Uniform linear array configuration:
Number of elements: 8
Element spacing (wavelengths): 0.25
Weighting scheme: blackman
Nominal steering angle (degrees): -45
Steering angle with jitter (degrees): -46.222
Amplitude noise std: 0.05
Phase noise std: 0.05

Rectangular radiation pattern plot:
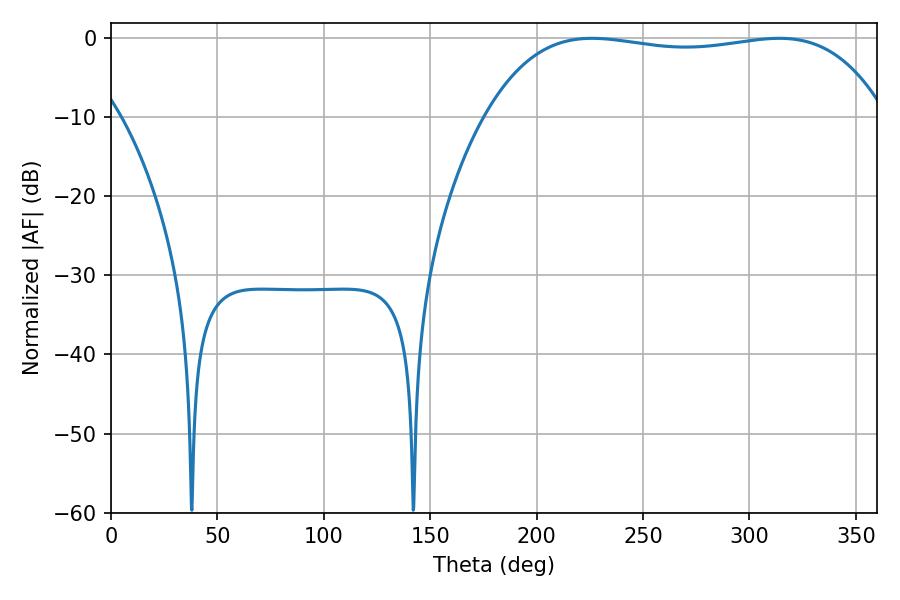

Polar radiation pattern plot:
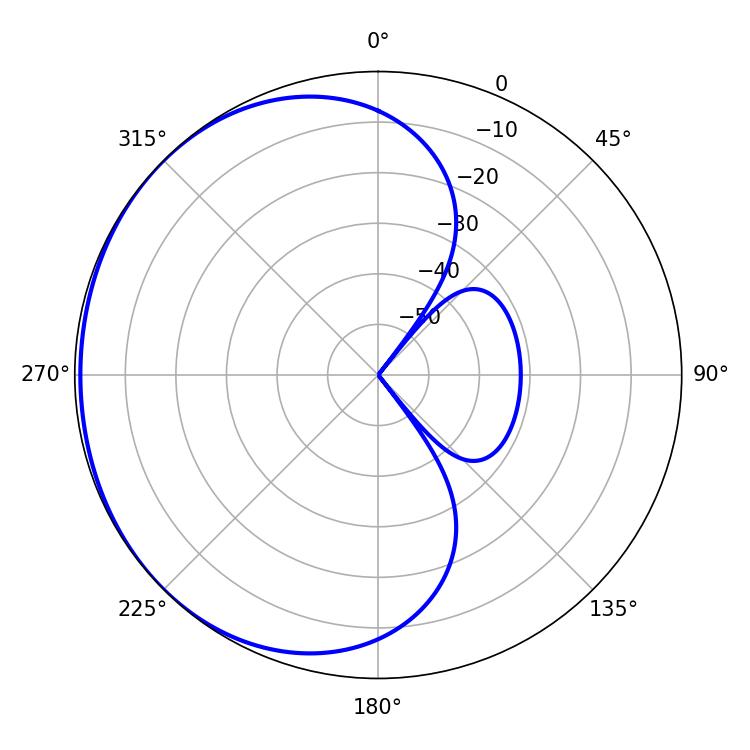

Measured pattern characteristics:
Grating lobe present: FALSE
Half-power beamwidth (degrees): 149.4
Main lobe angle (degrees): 226.08